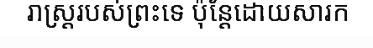
រាស្ត្ររបស់ព្រះទេ ប៉ុន្តែដោយសារក